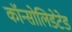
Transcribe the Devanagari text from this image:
कॉन्सोलिडेटेड